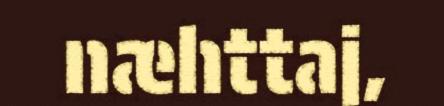
næhttaj,